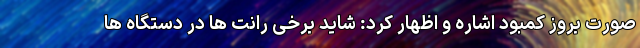
صورت بروز کمبود اشاره و اظهار کرد: شاید برخی رانت ها در دستگاه ها